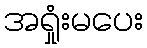
အရှုံးမပေး